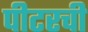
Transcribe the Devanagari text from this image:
पीटरची